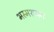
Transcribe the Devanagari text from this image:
भस्मशयन